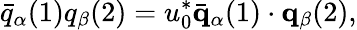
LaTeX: \bar{q}_{\alpha}(1)q_{\beta}(2)=u_{0}^{*}\bar{\mathbf q}_{\alpha}(1)\cdot{\mathbf q}_{\beta}(2),